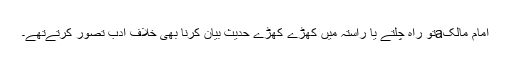
امام مالکaتو راہ چلتے یا راستہ میں کھڑے کھڑے حدیث بیان کرنا بھی خلافِ ادب تصور کرتےتھے۔